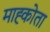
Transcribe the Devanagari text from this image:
माह्कोता